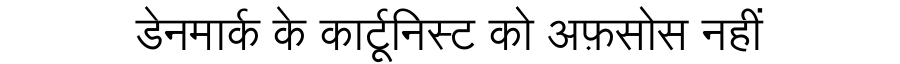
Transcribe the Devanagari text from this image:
डेनमार्क के कार्टूनिस्ट को अफ़सोस नहीं